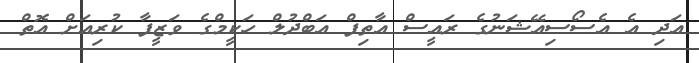
އަދި އެ އެސޯސިއޭޝަނުގެ ރައީސް އާތިފް އަބްދުލް ހަކީމްގެ ވަަޒީފާ ކުރިއަށް އޮތް